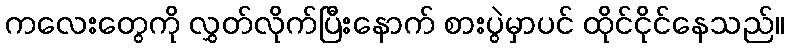
ကလေးတွေကို လွှတ်လိုက်ပြီးနောက် စားပွဲမှာပင် ထိုင်ငိုင်နေသည်။